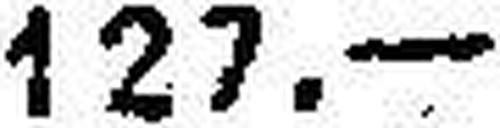
127.—